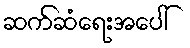
ဆက်ဆံရေးအပေါ်